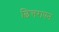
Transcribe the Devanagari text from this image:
छित्तरापन